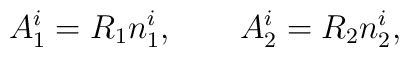
A_1^i  = R_1 n_1^i, \qquad A_2^i = R_2 n_2^i,